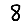
Digit: 8